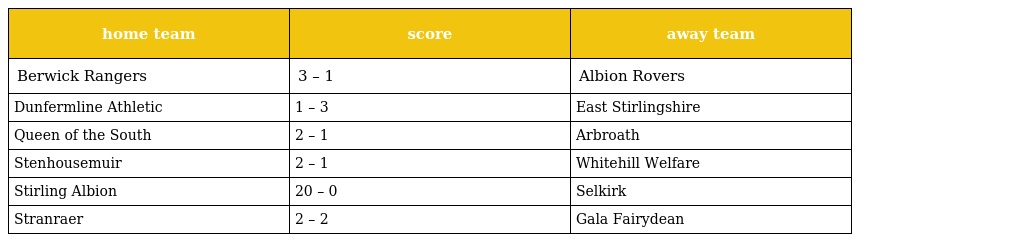
| home team | score | away team |
 | --- | --- | --- |
 | Berwick Rangers | 3 – 1 | Albion Rovers |
 | Dunfermline Athletic | 1 – 3 | East Stirlingshire |
 | Queen of the South | 2 – 1 | Arbroath |
 | Stenhousemuir | 2 – 1 | Whitehill Welfare |
 | Stirling Albion | 20 – 0 | Selkirk |
 | Stranraer | 2 – 2 | Gala Fairydean |